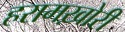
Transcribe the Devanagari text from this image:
हरामख़ोरी